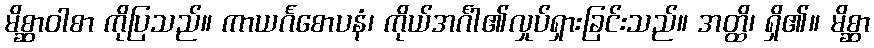
မိစ္ဆာဝါစာ ကိုပြသည်။ ကာယင်္ဂစောပနံ၊ ကိုယ်အင်္ဂါ၏လှုပ်ရှားခြင်းသည်။ အတ္ထိ၊ ရှိ၏။ မိစ္ဆာ